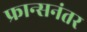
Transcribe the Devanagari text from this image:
फ्रान्सनंतर